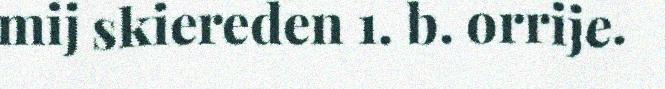
mij skiereden 1. b. orrije.